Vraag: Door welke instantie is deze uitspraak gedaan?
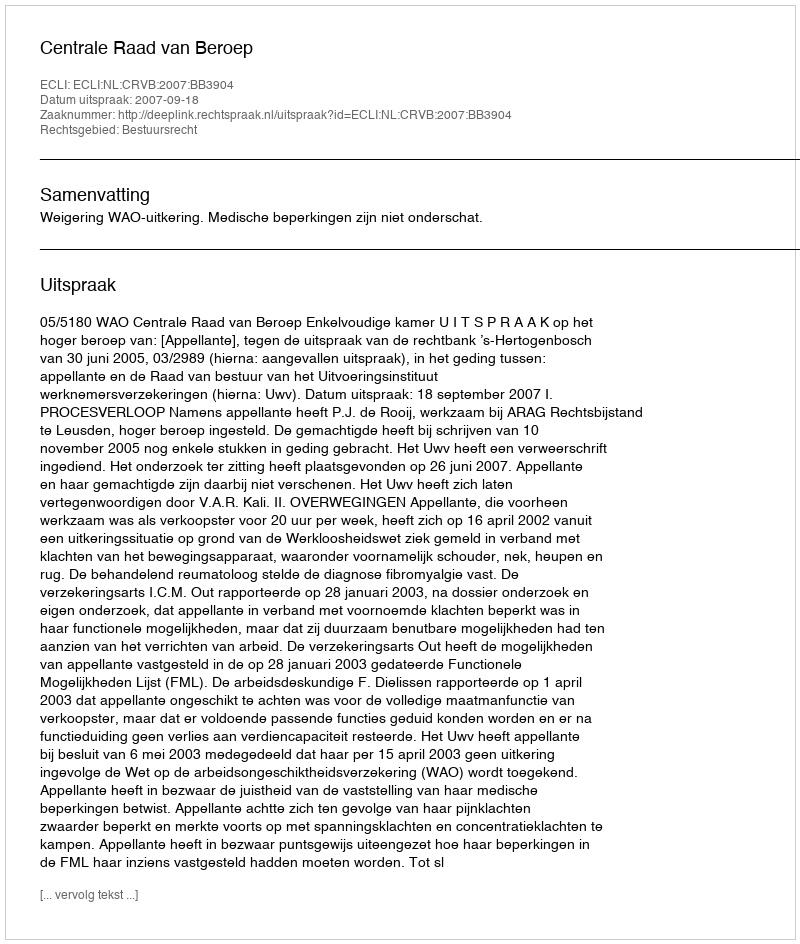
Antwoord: Centrale Raad van Beroep